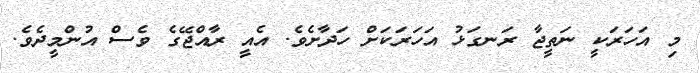
މި އަހަރަކީ ނަތީޖާ ރަނގަޅު އަހަރަކަށް ހަދާށެވެ. އެއީ ރާއްޖޭގެ ވެސް އުންމީދެވެ.